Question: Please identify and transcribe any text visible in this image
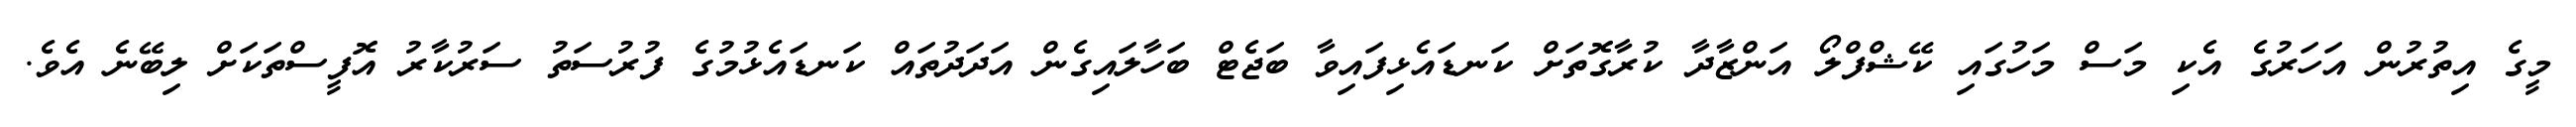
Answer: މީގެ އިތުރުން އަހަރުގެ އެކި މަސް މަހުގައި ކޭޝްފްލޯ އަންޒާދާ ކުރާގޮތަށް ކަނޑައެޅިފައިވާ ބަޖެޓް ބަހާލައިގެން އަދަދުތައް ކަނޑައެޅުމުގެ ފުރުސަތު ސަރުކާރު އޮފީސްތަކަށް ލިބޭނެ އެވެ.